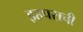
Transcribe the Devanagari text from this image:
इहपराची